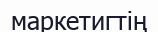
маркетигтің